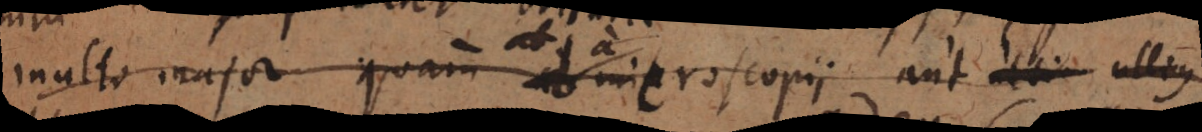
inulto major quam ab microscopii aut alii ullius